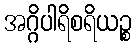
အဂ္ဂိပါရိစရိယဉ္စ